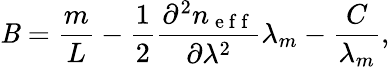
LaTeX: \mathit{B}=\frac{{m}}{{L}}-\frac{{1}}{{2}}\frac{{\partial^{2}n_{\mathrm{{~e~f~f~}}}}}{{\partial\lambda^{2}}}\lambda_{m}-\frac{{C}}{{\lambda_{m}}},